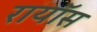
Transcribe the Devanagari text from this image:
रायॉस